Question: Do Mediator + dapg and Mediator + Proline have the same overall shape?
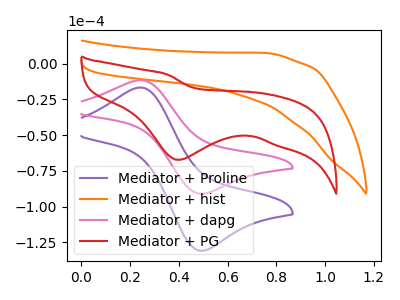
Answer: <think>The purple curve "Mediator + Proline" has an anodic peak at (0.25V, -16.70uA) and a cathodic peak at (0.50V, -130.95uA). The orange curve "Mediator + hist" has no peaks. The pink curve "Mediator + dapg" has an anodic peak at (0.25V, -11.65uA) and a cathodic peak at (0.50V, -91.05uA). The red curve "Mediator + PG" has a cathodic peak at: (0.40V, -67.35uA).
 All the peaks in "Mediator + dapg" have a peak in "Mediator + Proline" at the same potential.</think>
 <answer>"Mediator + dapg" and "Mediator + Proline" are similar in shape.</answer>
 <eval>same_shape</eval>